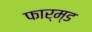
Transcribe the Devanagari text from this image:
फार्म्ड